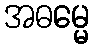
အဓမ္မေ